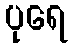
ပုရေ